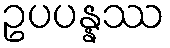
ဥပပန္နဿ